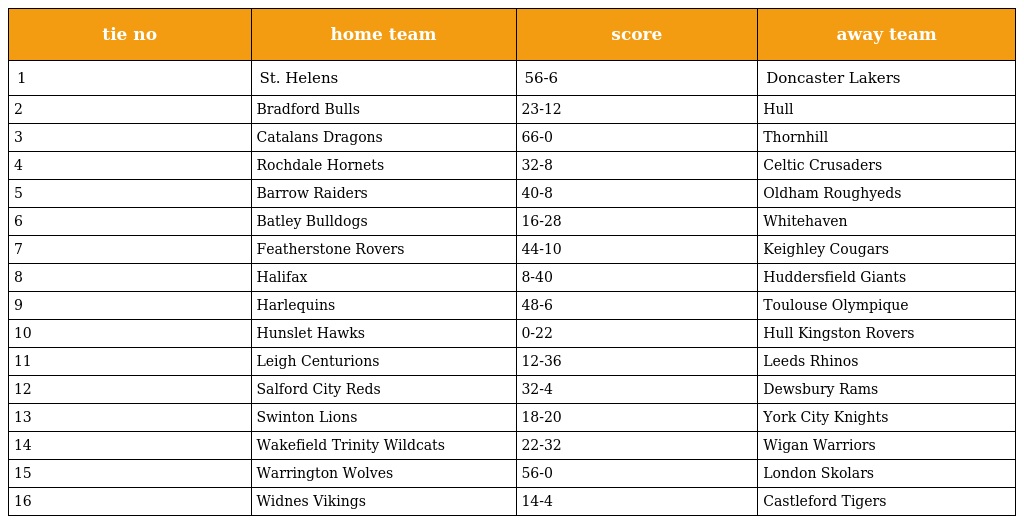
| tie no | home team | score | away team |
 | --- | --- | --- | --- |
 | 1 | St. Helens | 56-6 | Doncaster Lakers |
 | 2 | Bradford Bulls | 23-12 | Hull |
 | 3 | Catalans Dragons | 66-0 | Thornhill |
 | 4 | Rochdale Hornets | 32-8 | Celtic Crusaders |
 | 5 | Barrow Raiders | 40-8 | Oldham Roughyeds |
 | 6 | Batley Bulldogs | 16-28 | Whitehaven |
 | 7 | Featherstone Rovers | 44-10 | Keighley Cougars |
 | 8 | Halifax | 8-40 | Huddersfield Giants |
 | 9 | Harlequins | 48-6 | Toulouse Olympique |
 | 10 | Hunslet Hawks | 0-22 | Hull Kingston Rovers |
 | 11 | Leigh Centurions | 12-36 | Leeds Rhinos |
 | 12 | Salford City Reds | 32-4 | Dewsbury Rams |
 | 13 | Swinton Lions | 18-20 | York City Knights |
 | 14 | Wakefield Trinity Wildcats | 22-32 | Wigan Warriors |
 | 15 | Warrington Wolves | 56-0 | London Skolars |
 | 16 | Widnes Vikings | 14-4 | Castleford Tigers |